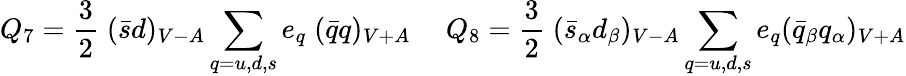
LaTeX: Q_{7}={\frac{3}{2}}\; (\bar{s}d)_{V-A}\sum_{q=u,d,s}e_{q}\; (\bar{q}q)_{V+A}~~~~~Q_{8}={\frac{3}{2}}\; (\bar{s}_{\alpha}d_{\beta})_{V-A}\sum_{q=u,d,s}e_{q}(\bar{q}_{\beta}q_{\alpha})_{V+A}